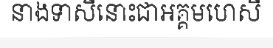
នាងទាសីនោះជាអគ្គមហេសី